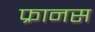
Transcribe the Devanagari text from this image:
फ्रानस